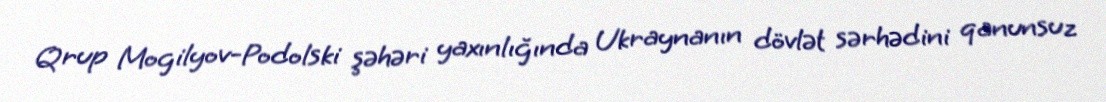
Qrup Mogilyov-Podolski şəhəri yaxınlığında Ukraynanın dövlət sərhədini qanunsuz